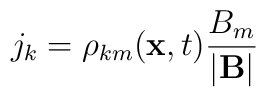
j_k = \rho_{km}({\bf x}, t)\frac{B_m}{|{\bf B}|}